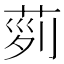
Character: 𦱝